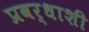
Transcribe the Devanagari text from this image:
प्रवर्धाशी